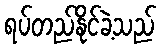
ရပ်တည်နိုင်ခဲ့သည်